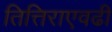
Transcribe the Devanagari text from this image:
तित्तिराएवढी